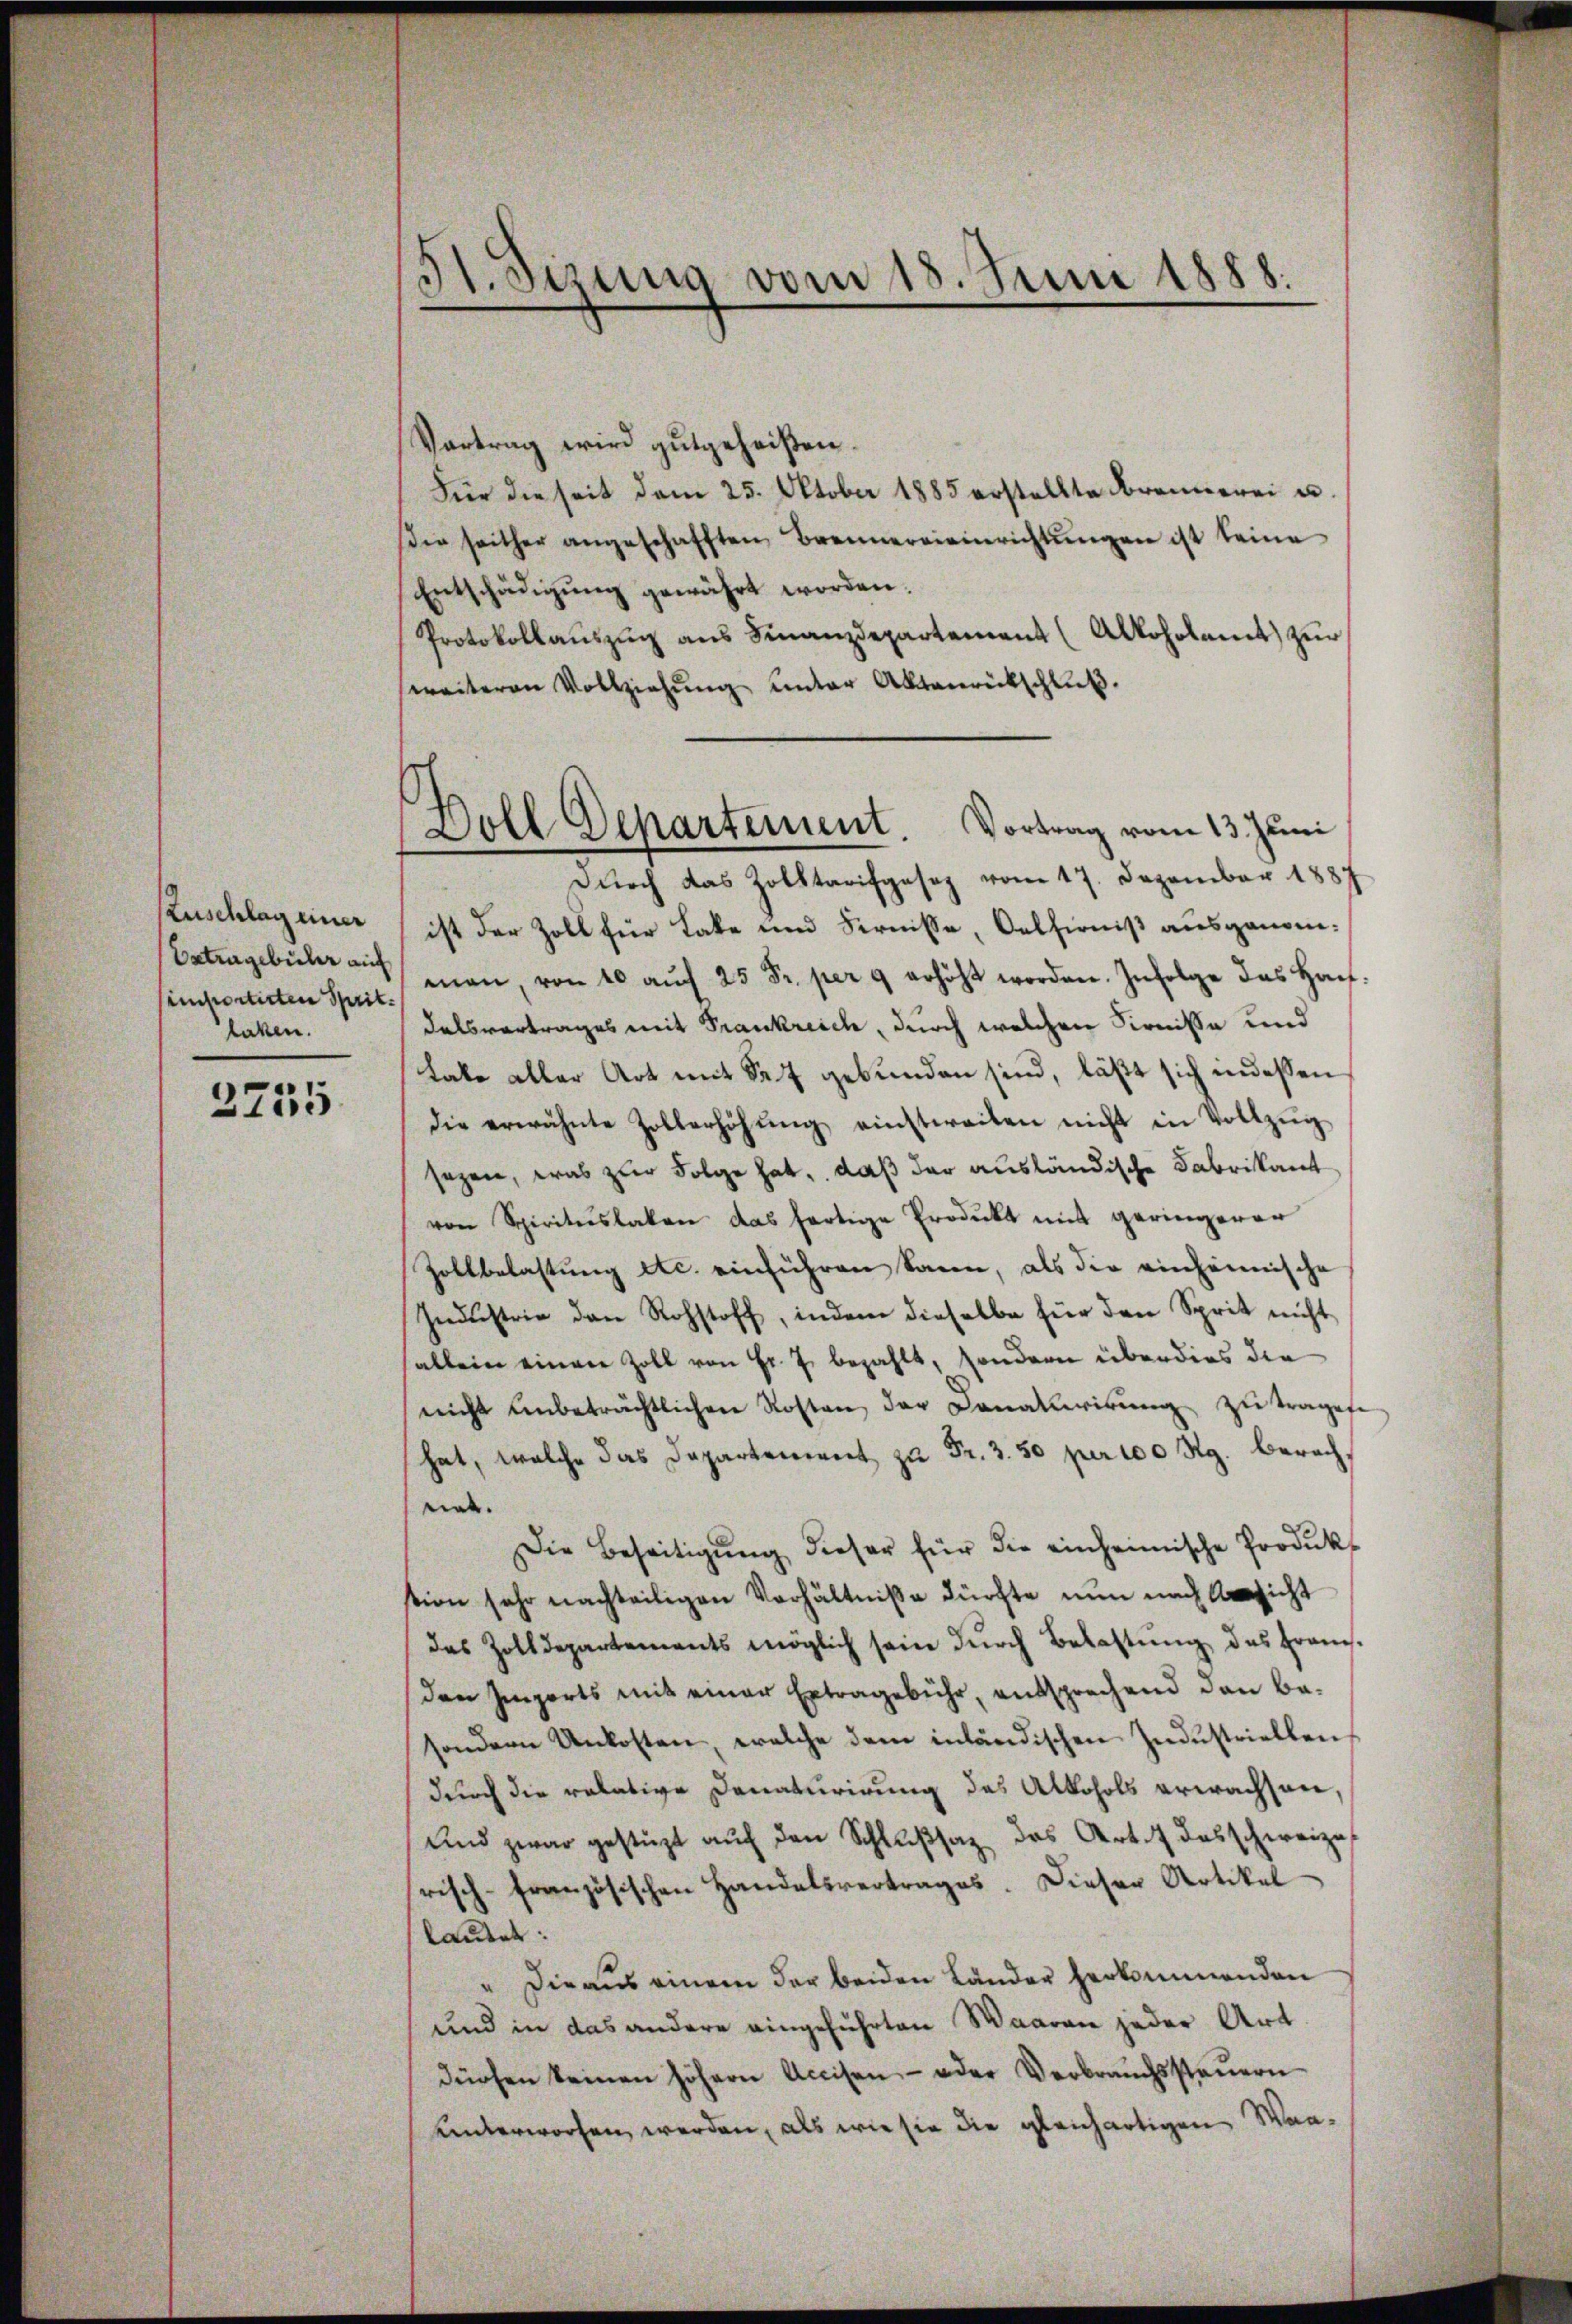
Zuschlag einer
Ertragebühr auf
laken.

3755

51. Sizung vom 18. Juni 1888.

Vortrag wird gutgeheißen.
Für die seit dem 25. Oktober 1885 erstellte Brennerei u.
ie seither angeschafften Brennereieinrichtŭngen ist seine
Entschädigung gewährt worden.
Protokollaŭszŭg ans Finanzdepartement (Alkoholamt zur
weiteren Vollziehŭng ŭnter Aktenrückschlŭβ
ist der Zoll für Late und Sernisse, Oelfirniß ausgenomsimportirten Sprit man, von 10 aŭf 25 Fr. per 9 erhöht worden. Infolge das Haŭ-
delsvertrages mit Frankreich, durch welchen Firnisse und
Lako aller Art mit Sr. 7 gebunden sind, läßt sich indessen
die erwähnte Zollerhöhŭng einstweilen nicht in Vollzŭg
sezen, was zur Folge hat, daß der ausländische Fabrikant
von Spirituslaken das fortige Produkt mit geringerer
Zollbelastung etc. einführen kann, als die einheimische
Indŭstrie den Rohstoff, indem dieselbe für den Sprit nicht
fallein einen Zoll von Fr. J. bezahlt, sondern überdies die
nicht anbeträchtlichen Kosten der Danakurirŭng zŭ tragese
hat, welche das Departement zŭ Fr. 3. 50 per 100 Rg. berachnet.
Die Beseitigŭng dieser für die einheimische Produkt
tion sehr nachteiligen Verhältnisse dürfte nun nach Ansicht
das Zolldepartements möglich sein durch Belastung des Franden Imports mit einer Extragebühr, entsprechend den be-
sondern Unkosten, welche dem inländischen Industriellen
durch die relative Denaturirung des Alkohols erwachsen,
Und zwar gestüzt auf den Schlußsatz des Art. 4 das schweize
risch-französischen Handelsvertrages. Dieser Artikel
lautet:
" Die aus einem der beiden Länder herkommenden
und in das andere eingeführten Waaren jeder Art.
dürfen keinen höhern Accisen- oder Verbraŭchssteŭern
unterworfen werden, als wie sie die gleichartigen Waa¬

Doll Departement. Vortrag vom 13. Juni
Durch das Zolktarifgaseg vom 17. Dezember 1887